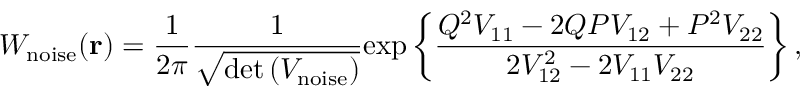
W _ { \mathrm { n o i s e } } ( \mathbf { r } ) = \frac { 1 } { 2 \pi } \frac { 1 } { \sqrt { \operatorname* { d e t } \left( V _ { \mathrm { n o i s e } } \right) } } \mathrm { e x p } \left\{ \frac { Q ^ { 2 } V _ { \mathrm { 1 1 } } - 2 Q P V _ { \mathrm { 1 2 } } + P ^ { 2 } V _ { \mathrm { 2 2 } } } { 2 V _ { \mathrm { 1 2 } } ^ { 2 } - 2 V _ { \mathrm { 1 1 } } V _ { \mathrm { 2 2 } } } \right\} ,